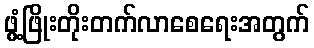
ဖွံ့ဖြိုးတိုးတက်လာစေရေးအတွက်